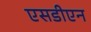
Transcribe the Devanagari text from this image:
एसडीएन